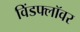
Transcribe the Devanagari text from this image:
विंडफ्लॉवर